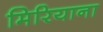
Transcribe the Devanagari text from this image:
मिरियाना